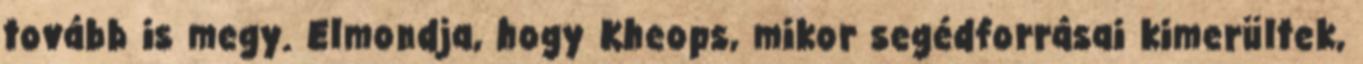
tovább is megy. Elmondja, hogy Kheops, mikor segédforrásai kimerültek,